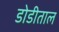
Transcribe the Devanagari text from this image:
डोडीताल